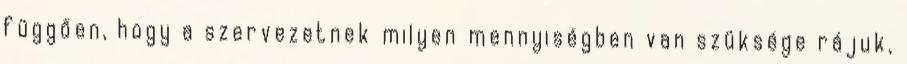
függően, hogy a szervezetnek milyen mennyiségben van szüksége rájuk,